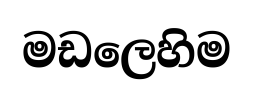
මඩලෙහිම